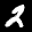
Label: 2